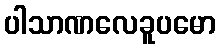
ပါသာဏလေခူပမော